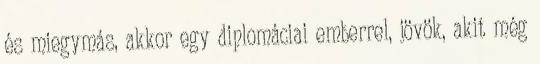
és miegymás, akkor egy diplomáciai emberrel, jövök, akit még